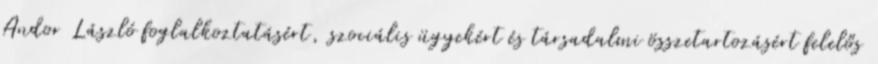
Andor László foglalkoztatásért, szociális ügyekért és társadalmi összetartozásért felelős